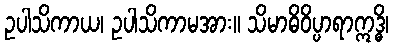
ဥပါသိကာယ၊ ဥပါသိကာမအား။ သိမာဓိဝိပ္ပာရာဣဒ္ဓိ၊